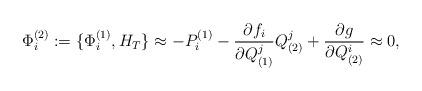
LaTeX: \begin{align*}\Phi^{(2)}_{i}:=\{\Phi^{(1)}_{i},H_{T}\}\approx-P^{(1)}_{i}-\frac{\partial f_{i}}{\partial Q_{(1)}^{j}}Q_{(2)}^{j}+\frac{\partial g}{\partial Q_{(2)}^{i}}\approx0,\end{align*}